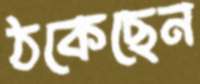
ঠকেছেন